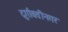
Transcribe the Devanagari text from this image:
दुर्गावतीनगर